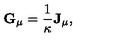
{ \bf G } _ { \mu } = { \frac { 1 } { \kappa } } { \bf J } _ { \mu } ,